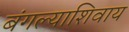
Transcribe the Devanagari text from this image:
बंगल्याशिवाय